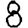
Digit: 8